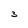
Character: 3